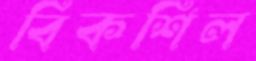
বিকশিল